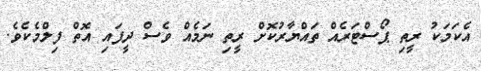
އެކަމަކު ރީތި ޕޯސްޓަރެއް ތައްޔާރުކޮށް ރީތި ނަމެއް ވެސް ދީފައި އޮތް ފިލްމެކެވެ.